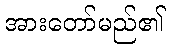
အားတော်မည်၏